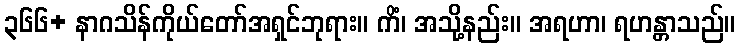
၃၆၆+ နာဂသိန်ကိုယ်တော်အရှင်ဘုရား။ ကိံ၊ အသို့နည်း။ အရဟာ၊ ရဟန္တာသည်။